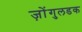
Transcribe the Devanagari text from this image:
ज़ोंगुलडक